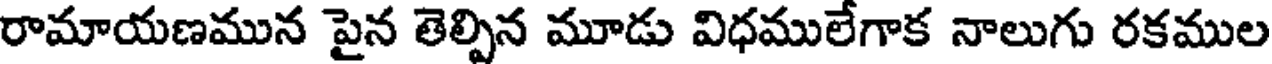
రామాయణమున పైన తెల్పిన మూడు విధములేగాక నాలుగు రకముల